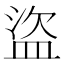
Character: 盜